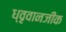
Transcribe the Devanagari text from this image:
ध्वृवानजीक